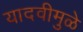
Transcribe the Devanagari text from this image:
यादवीमुळे